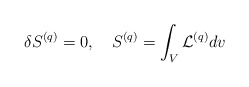
\begin{align*}\delta S^{(q)} = 0, \ \ \ S^{(q)} = \int_V {\cal L}^{(q)} d v\end{align*}